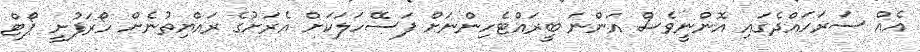
އެއް ސަރަހައްދެގައި އޮންނީވެސް އަންނަ ބީރައްޓެހިންނަށް ފަސޭހަލަކަށް އެރަށުގެ ރައްޔިތުނެށް ހޯރަފުށީ ޕޯޓް